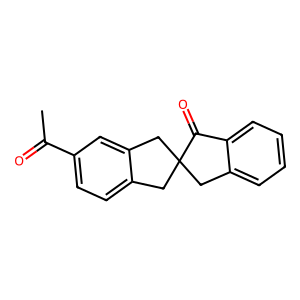
SMILES: CC(=O)c1ccc2c(c1)CC1(C2)Cc2ccccc2C1=O
Inhibits HIV replication: No